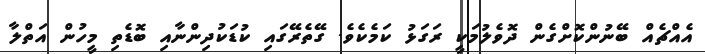
އެއްޗެއް ބޭނުންކޮށްގެން ދޮވެލުމަކީ ރަގަޅު ކަމެކެވެ. ގޭތެރޭގައި ކުޑަކުދިންނާއި ބޮޑެތި މީހުން އަތްލާ